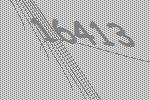
16413